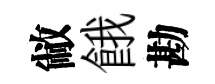
敝餓勘